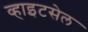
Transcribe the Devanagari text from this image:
व्हाइटसेल